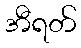
အီရတ်